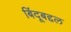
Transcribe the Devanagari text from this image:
बिंदूबद्दल